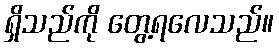
ရှိသည်ကို တွေ့ရလေသည်။